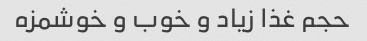
حجم غذا زیاد و خوب و خوشمزه